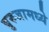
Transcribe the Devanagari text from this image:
बुरुजामध्ये